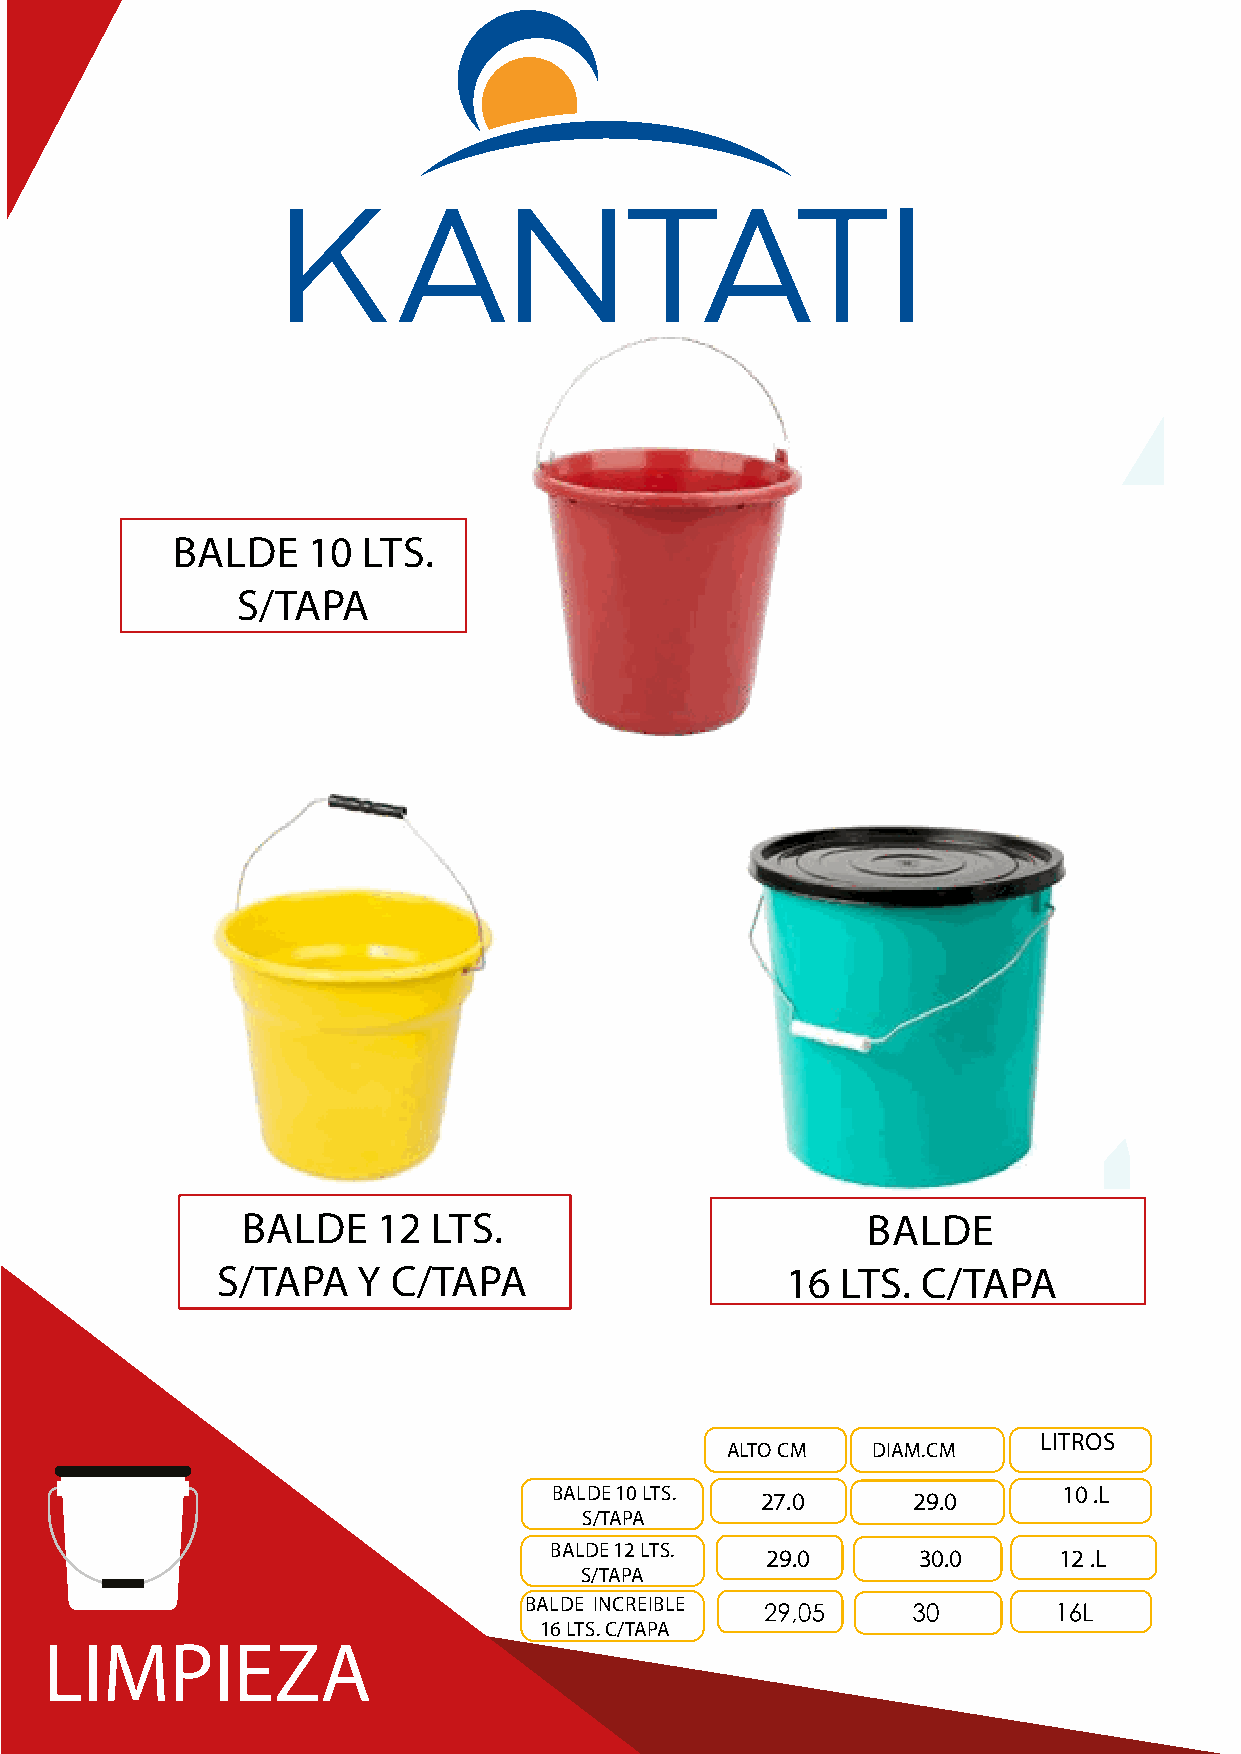
BALDE    10  LTS.
 S/TAPA
 BALDE    12  LTS.                        BALDE
 S/TAPA    Y C/TAPA                    16  LTS. C/TAPA
 LITROS
 ALTO CM   DIAM.CM
 BALDE 10 LTS.                     10 .L
 27.0      29.0       12L
 S/TAPA
 BALDE 12 LTS.
 29.0      30.0     121 .2LL
 S/TAPA
 BALDE INCREIBLE
 16 LTS. C/TAPA
 LIMPIEZA